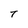
Character: T